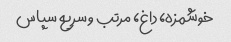
خوشمزه، داغ، مرتب و سریع سپاس